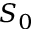
S _ { 0 }